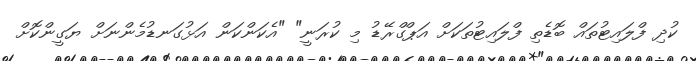
ކުދި ފްލައިޓުތައް ބޮޑެތި ފްލައިޓުތަކަށް އަޕްގްރޭޑު މި ކުރަނީ" "އެކަންކަން އަޅުގަނޑުމެންނަށް ޔަގީންކޮށް